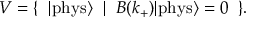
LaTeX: V = \{ \; \; | \mathrm { p h y s } { \rangle } \; \; | \; \; B ( k _ { + } ) | \mathrm { p h y s } { \rangle } = 0 \; \; \} .